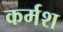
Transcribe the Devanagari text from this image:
कर्मश